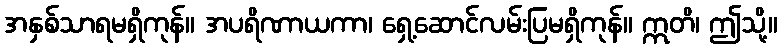
အနှစ်သာရမရှိကုန်။ အပရိဏာယကာ၊ ရှေ့ဆောင်လမ်းပြမရှိကုန်။ ဣတိ၊ ဤသို့။